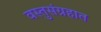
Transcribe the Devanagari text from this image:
वस्तुसंग्रहात